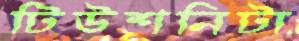
টিউশনিটা